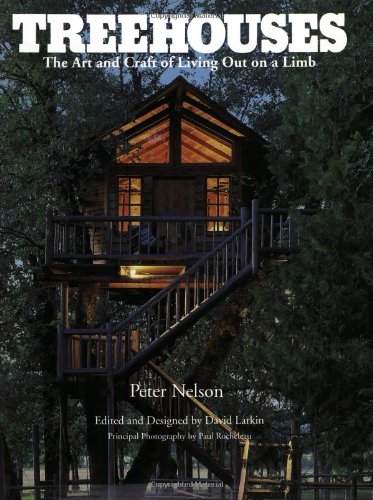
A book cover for Treehouses: The Art and Craft of Living Out on a Limb; Peter Nelson; Crafts, Hobbies & Home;